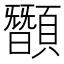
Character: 䫬